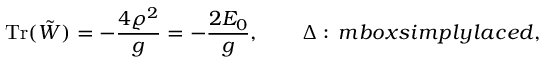
\mathrm { T r } ( \tilde { W } ) = - { \frac { 4 \varrho ^ { 2 } } { g } } = - { \frac { 2 { \cal E } _ { 0 } } { g } } , \qquad \Delta : \, m b o x { s i m p l y l a c e d } ,